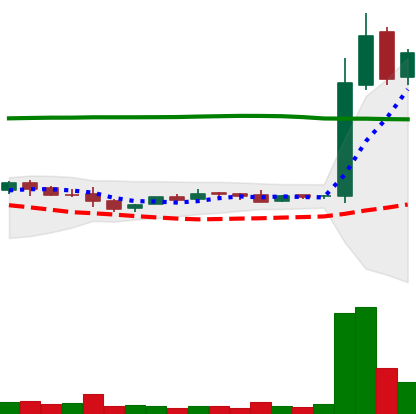
Ticker: LTC-USD
Chart end date: 2015-11-01
Forward return: -10.388%
Label: down_7plus